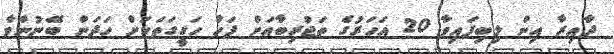
ދާއިރާ އިން ލިބިފައިވާ 20 އަހަރުގެ ތަޖުރިބާއަށް ފަހު ހަގީގަތަކަށް ހަދަން ބޭނުންވާ